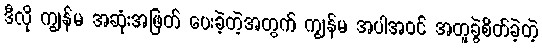
ဒီလို ကျွန်မ အဆုံးအဖြတ် ပေးခဲ့တဲ့အတွက် ကျွန်မ အပါအဝင် အတူခွဲစိတ်ခဲ့တဲ့